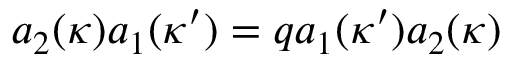
a _ { 2 } ( \kappa ) a _ { 1 } ( \kappa ^ { \prime } ) = q a _ { 1 } ( \kappa ^ { \prime } ) a _ { 2 } ( \kappa )